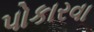
પોકારવા